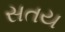
સતય